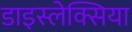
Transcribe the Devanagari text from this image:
डाइस्लेक्सिया